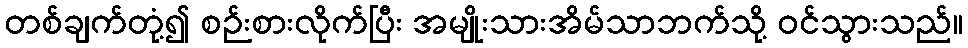
တစ်ချက်တုံ့၍ စဉ်းစားလိုက်ပြီး အမျိုးသားအိမ်သာဘက်သို့ ဝင်သွားသည်။